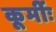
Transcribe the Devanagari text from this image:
कूर्मीः